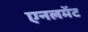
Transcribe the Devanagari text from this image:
एनलमेंट